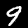
Label: 9